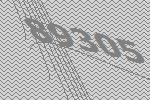
89305